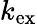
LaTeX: k_{\mathrm{ex}}